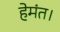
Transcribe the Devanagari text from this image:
हेमंत।